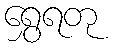
ရွှေရတု